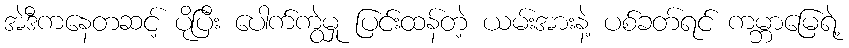
အဲဒီကနေတဆင့် ပိုပြီး ပေါက်ကွဲမှု ပြင်းထန်တဲ့ ယမ်းအားနဲ့ ပစ်ခတ်ရင် ကမ္ဘာမြေရဲ့